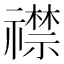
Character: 𬓛